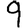
Digit: 9